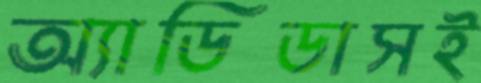
অ্যাডিডাসই